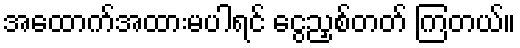
အထောက်အထားမပါရင် ငွေညှစ်တတ် ကြတယ်။